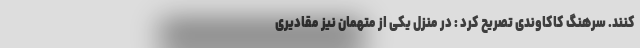
کنند. سرهنگ کاکاوندی تصریح کرد : در منزل یکی از متهمان نیز مقادیری